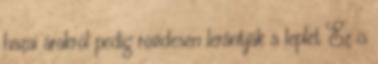
hazai árakról pedig rövidesen lerántják a leplet Ez is